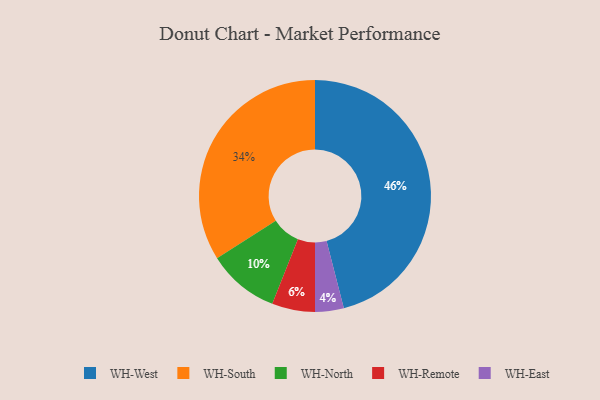
{"axis": {"x": "Category", "y": "Percentage"}, "legend": ["WH-East", "WH-North", "WH-Remote", "WH-South", "WH-West"], "data": [{"x": "WH-West", "y": 46, "type": "WH-West"}, {"x": "WH-North", "y": 10, "type": "WH-North"}, {"x": "WH-East", "y": 4, "type": "WH-East"}, {"x": "WH-South", "y": 34, "type": "WH-South"}, {"x": "WH-Remote", "y": 6, "type": "WH-Remote"}]}